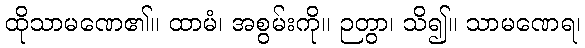
ထိုသာမဏေ၏။ ထာမံ၊ အစွမ်းကို။ ဉတွာ၊ သိ၍။ သာမဏေရ၊